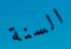
السنة